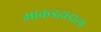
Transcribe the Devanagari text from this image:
माकडहाडाला